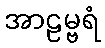
အာဠမ္ဗရံ